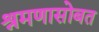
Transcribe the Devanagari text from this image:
श्रमणासोबत